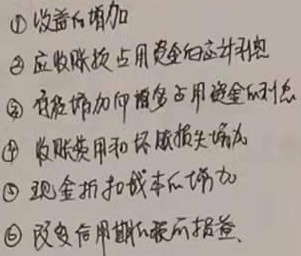
\textcircled{1} 收益的增加
\textcircled{2} 应收账款占用资金的应计利息
\textcircled{3} 存货增加而多占用资金的利息
\textcircled{4} 收账费用和坏账损失增加
\textcircled{5} 现金折扣成本的增加
\textcircled{6} 改变信用期的税前损益